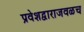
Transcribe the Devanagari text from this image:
प्रवेशद्वाराजवळच